Report of the Municipal Commissioner on the plague in Bombay for the year ending 31st May... - Volume 2
Disease focus: Plague
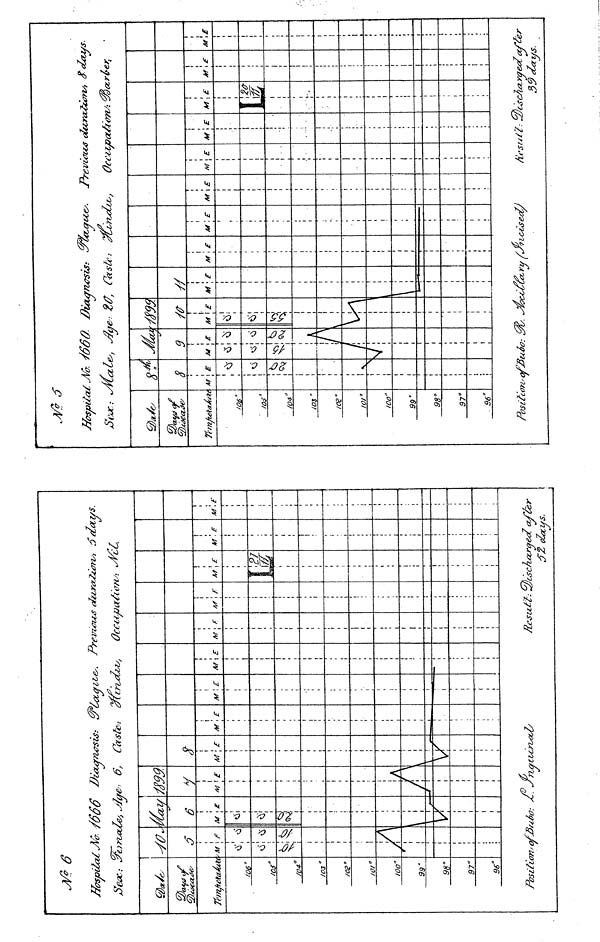
Jft 6
HospitalJifa-
&/.
IO6°/
os"
fO4°1
03 "
,or
/oo"
99'
98°9
7 a
96°P
oSltlO
7^LOL
/
•
;
n'Ot
i F
\ ¿
! v
! !
,L
A
\
/666
SÄ
i
M
Ci
v
1
\
.
V
1
¿Jû
6
> E
1
(
/
je.
Dwujrn&sis:
6
X \
1
1
If
t
1
!
I
1
1
;
!
,
1
1
i
/
l
¡A
i
i
• sC. yjza
, Castc>
i
M \ £
\
i
i
1
t
<
i
i
i
i
i
i
i
i
i
i
i
i
i
i
i
i
i
i
1
¿fi
¿s
M
•
T
t
. E
111
i
M\£
i
i
i
,
!
i
i
.;
i
i
;
i
i
i
i
'
t
i
t
i
i
!
M
=—I
\
\E
accu,
i
M \ F
i
1
i
i
i
i
•
i
1
j
i
i
i
I
I
i
i
1
1
1
t
i
I
i
i
i
i
i
t
i
!
/U(XA ¿l'iTt
M \ F
1
M ,£
'<
IM
•
•
¡
:
,
;
!
¡
!
!
;
;
i
i
i
ó' ¿¿ays.
M
i
\
. £
l "
1
M.£
i
i
•
i
i
,
i
1
;
*
i
;
•
i
i
:
|
r^s cha,rqe<¿ offer
VU.
BbsjoUoCM S6Ô0.
/OÊ°_
„
/Oí"
/OB"
10/"
/oo"
99'
98°9
7"
96°g
*
M
Position' c
S
j E
!\
fjjl
A
M
*
1
si
•cèo
4L,
9
i E
\*
\*
!K
r
f
Dicurnûsis:
je-: Z(7, Caste.
•/m
M
t
E
-\
//
M
\
H
l
i
; E M
1
, E
'Ut
V
tcarize.
i
M. E
\
i
i
i
i
•
i
i
i
;
:
7
3
M
¿ou*
M , E
\
A
S Û
POU
r a,rc
M
M
E
•3s
M
L
¿se
E
S-
rb
M £
¡'
t
39days
i
£
r